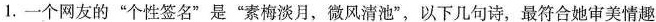
1.一个网友的”个性签名”是”素梅淡月，微风清池”，以下几句诗，最符合她审美情趣